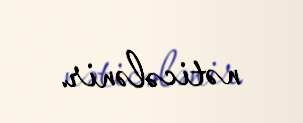
nəticələnir.